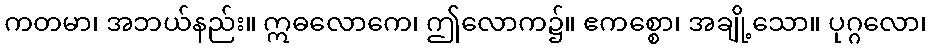
ကတမာ၊ အဘယ်နည်း။ ဣဓလောကေ၊ ဤလောက၌။ ဧကစ္စော၊ အချို့သော။ ပုဂ္ဂလော၊